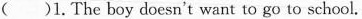
( )1. The boy doesn't want to go to